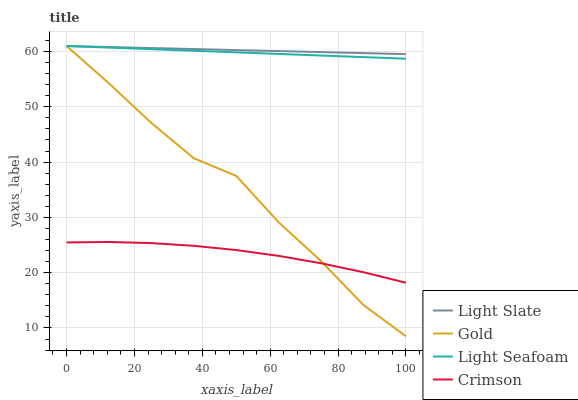
| xaxis_label | Light Slate | Gold | Light Seafoam | Crimson |
 | --- | --- | --- | --- | --- |
 | 0 | 61 | 61 | 61 | 25.5 |
 | 12.5 | 60.8 | 54.2 | 60.7 | 25.6 |
 | 25 | 60.6 | 47.1 | 60.4 | 25.3 |
 | 37.5 | 60.4 | 40.7 | 60.1 | 24.9 |
 | 50 | 60.3 | 37.5 | 59.9 | 24.1 |
 | 62.5 | 60.1 | 29.1 | 59.6 | 23 |
 | 75 | 59.9 | 22.1 | 59.3 | 21.7 |
 | 87.5 | 59.7 | 14.1 | 59 | 20.1 |
 | 100 | 59.5 | 8.5 | 58.7 | 18.2 |